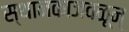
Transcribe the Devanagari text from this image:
स्थानकाजवळून्